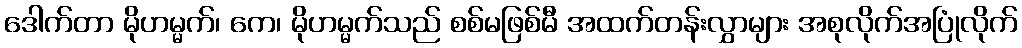
ဒေါက်တာ မိုဟမ္မက်၊ ကေ၊ မိုဟမ္မက်သည် စစ်မဖြစ်မီ အထက်တန်းလွှာများ အစုလိုက်အပြုံလိုက်